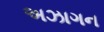
અઝાગન